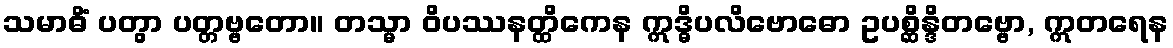
သမာဓိံ ပတွာ ပတ္တဗ္ဗတော။ တသ္မာ ဝိပဿနတ္ထိကေန ဣဒ္ဓိပလိဗောဓော ဥပစ္ဆိန္ဒိတဗ္ဗော, ဣတရေန